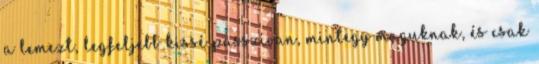
a lemezt, legfeljebb kissé passzí­van, mintegy maguknak, és csak